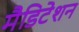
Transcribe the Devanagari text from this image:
मैडिटेशन